Annual returns of the Patna Lunatic Asylum at Bankipore in Bihar and Orissa - 1912-1924
Year: 1912
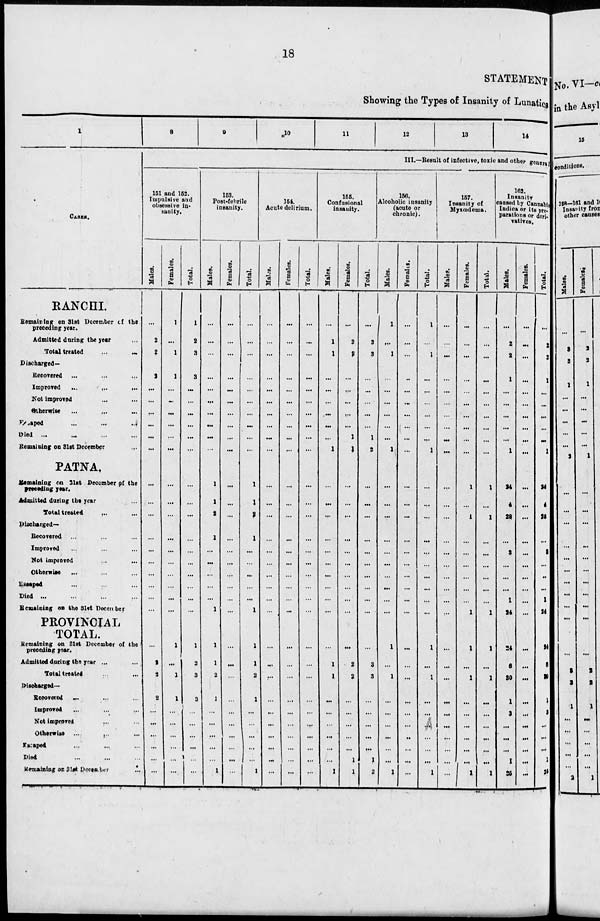
18
STATEMENT
Showing the Types of Insanity of Lunatic
1
CASES.
RANCHI.
Remaining on 31st December of the
preceding year.
Admitted during the year ...
Total treated
...
...
Discharged —
Recovered ... ... ...
Improred
...
...
...
Not improred ... ...
Otherwise ... ... ...
Escaped
...
...
...
Died ... ... ... ...
Remaining on 31st December
...
PATNA.
Remaining on 31st December of the
preseding year.
Admitted during the year ...
Total treated ... ...
Discharged—
Recovered ... ... ...
Improred ... ... ...
Not improred ... ...
Otherwise ... ... ...
Escaped ... ... ...
Died ... ... ... ...
Remaining on the 31st December
PROVINCIAL
TOTAL.
Remaining on 31st December of the
preceding year.
Admitted daring the year ...
Total treated ... ...
Discharged—
Recovered ... ... ...
Improved ... ... ...
Not improred ... ...
Otherwise ... ... ...
Escaped ... ... ...
Died ... ... ...
Remaiaing on 31st December ...
8
9
10
11
12
13
14
III.—Result of infective, toxic and other general
151 and 152.
Impulsive and
obsessive in-
sanity.
Males.
...
2
2
2
...
...
...
...
...
...
...
...
...
...
...
...
...
...
...
...
...
2
3
2
...
...
...
...
...
...
Females.
1
...
1
1
...
...
...
...
...
...
...
...
...
...
...
...
...
...
...
...
1
...
1
1
...
...
...
...
...
...
Total.
1
2
3
3
...
...
...
...
...
...
...
...
...
...
...
...
...
...
...
...
1
2
3
3
...
...
...
...
...
...
153.
Post-febrile
insanity.
Males.
...
...
...
...
...
...
...
...
...
...
1
1
9
1
...
...
...
...
...
1
1
1
2
1
...
...
...
...
...
1
Females.
...
...
...
...
...
...
...
...
...
...
...
...
...
...
...
...
...
...
...
...
...
...
...
...
...
...
...
...
...
...
Total.
...
...
...
...
...
...
...
...
...
...
1
1
2
1
...
...
...
...
...
1
1
1
2
1
...
...
...
...
...
1
154.
Acute delirium.
Males.
...
...
...
...
...
...
...
...
...
...
...
...
...
...
...
...
...
...
...
...
...
...
...
...
...
...
...
...
...
...
Females.
...
...
...
...
...
...
...
...
...
...
...
...
...
...
...
...
...
...
...
...
...
...
...
...
...
...
...
...
...
...
Total.
...
...
...
...
...
...
...
...
...
...
...
...
...
...
...
...
...
...
...
...
...
...
...
...
...
...
...
...
...
...
155.
Confusional
insanity.
Males.
...
1
1
...
...
...
...
...
...
1
...
...
...
...
...
...
...
...
...
...
...
1
1
...
...
...
...
...
...
1
Females.
...
2
9
...
...
...
...
...
1
1
...
...
...
...
...
...
...
...
...
...
...
2
2
...
...
...
...
...
1
1
Total.
...
3
3
...
...
...
...
...
1
2
...
...
...
...
...
...
...
...
...
...
...
3
3
...
...
...
...
...
1
2
156.
Alcoholic insanity
(acute or
chronic).
Males.
1
...
1
...
...
...
...
...
...
1
...
...
...
...
...
...
...
...
...
...
1
...
1
...
...
...
...
...
...
1
Females.
...
...
...
...
...
...
...
...
...
...
...
...
...
...
...
...
...
...
...
...
...
...
...
...
...
...
...
...
...
...
Total.
1
...
1
...
...
...
...
...
...
1
...
...
...
...
...
...
...
...
...
...
1
...
1
...
...
...
...
...
1
157.
Insanity of
Myxœdema.
Males.
...
...
...
...
...
...
...
...
...
...
...
...
...
...
...
...
...
...
...
...
...
...
...
...
...
...
...
...
...
...
Females.
...
...
...
...
...
...
...
...
...
...
1
...
1
...
...
...
...
...
...
1
1
...
1
...
...
...
...
...
...
1
Total.
...
...
...
...
...
...
...
...
...
...
1
...
1
...
...
...
...
...
...
1
1
...
2
...
...
...
...
...
...
1
162.
Insanity
caused by Cannabis
Indica or its pre-
parations or deri-
vatives.
Males.
...
2
2
1
...
...
...
...
...
1
24
4
28
...
3
...
...
...
1
24
24
6
30
1
3
...
...
...
1
25
Females.
...
...
...
...
...
...
...
...
...
...
...
...
...
...
...
...
...
...
...
...
...
...
...
...
...
...
...
...
...
...
Total.
...
2
2
1
...
...
...
...
...
1
24
4
28
...
3
...
...
...
1
24
24
6
30
1
3
...
...
...
1
25